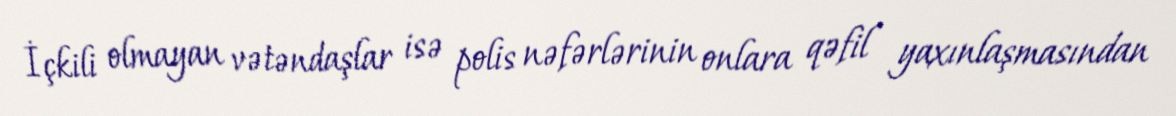
İçkili olmayan vətəndaşlar isə polis nəfərlərinin onlara qəfil yaxınlaşmasından